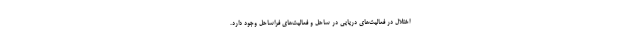
اختلال در فعالیت‌های دریایی در ساحل و فعالیت‌های فراساحل وجود دارد.